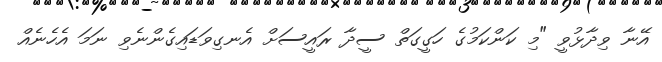
އޭނާ ވިދާޅުވީ "މި ކަންކަމުގެ ހަގީގަތް ސީދާ ރައީސަށް އެނގިވަޑައިގެންނެވި ނަމަ އެހެނެއް